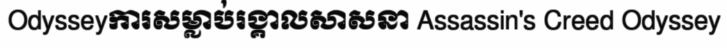
Odysseyការសម្លាប់រង្គាលសាសនា Assassin's Creed Odyssey